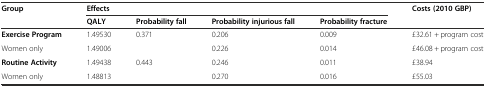
| <ROWSPAN=2> Group | <COLSPAN=4> Effects | <ROWSPAN=2> Costs (2010 GBP) |
 | QALY | Probability fall | Probability injurious fall | Probability fracture |
 | --- | --- | --- | --- | --- | --- |
 | Exercise Program | 1.49530 | <ROWSPAN=2> 0.371 | 0.206 | 0.009 | £32.61 + program cost |
 | Women only | 1.49006 | 0.226 | 0.014 | £46.08 + program cost |
 | Routine Activity | 1.49438 | <ROWSPAN=2> 0.443 | 0.246 | 0.011 | £38.94 |
 | Women only | 1.48813 | 0.270 | 0.016 | £55.03 |